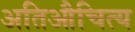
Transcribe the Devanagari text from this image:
अतिऔचित्य